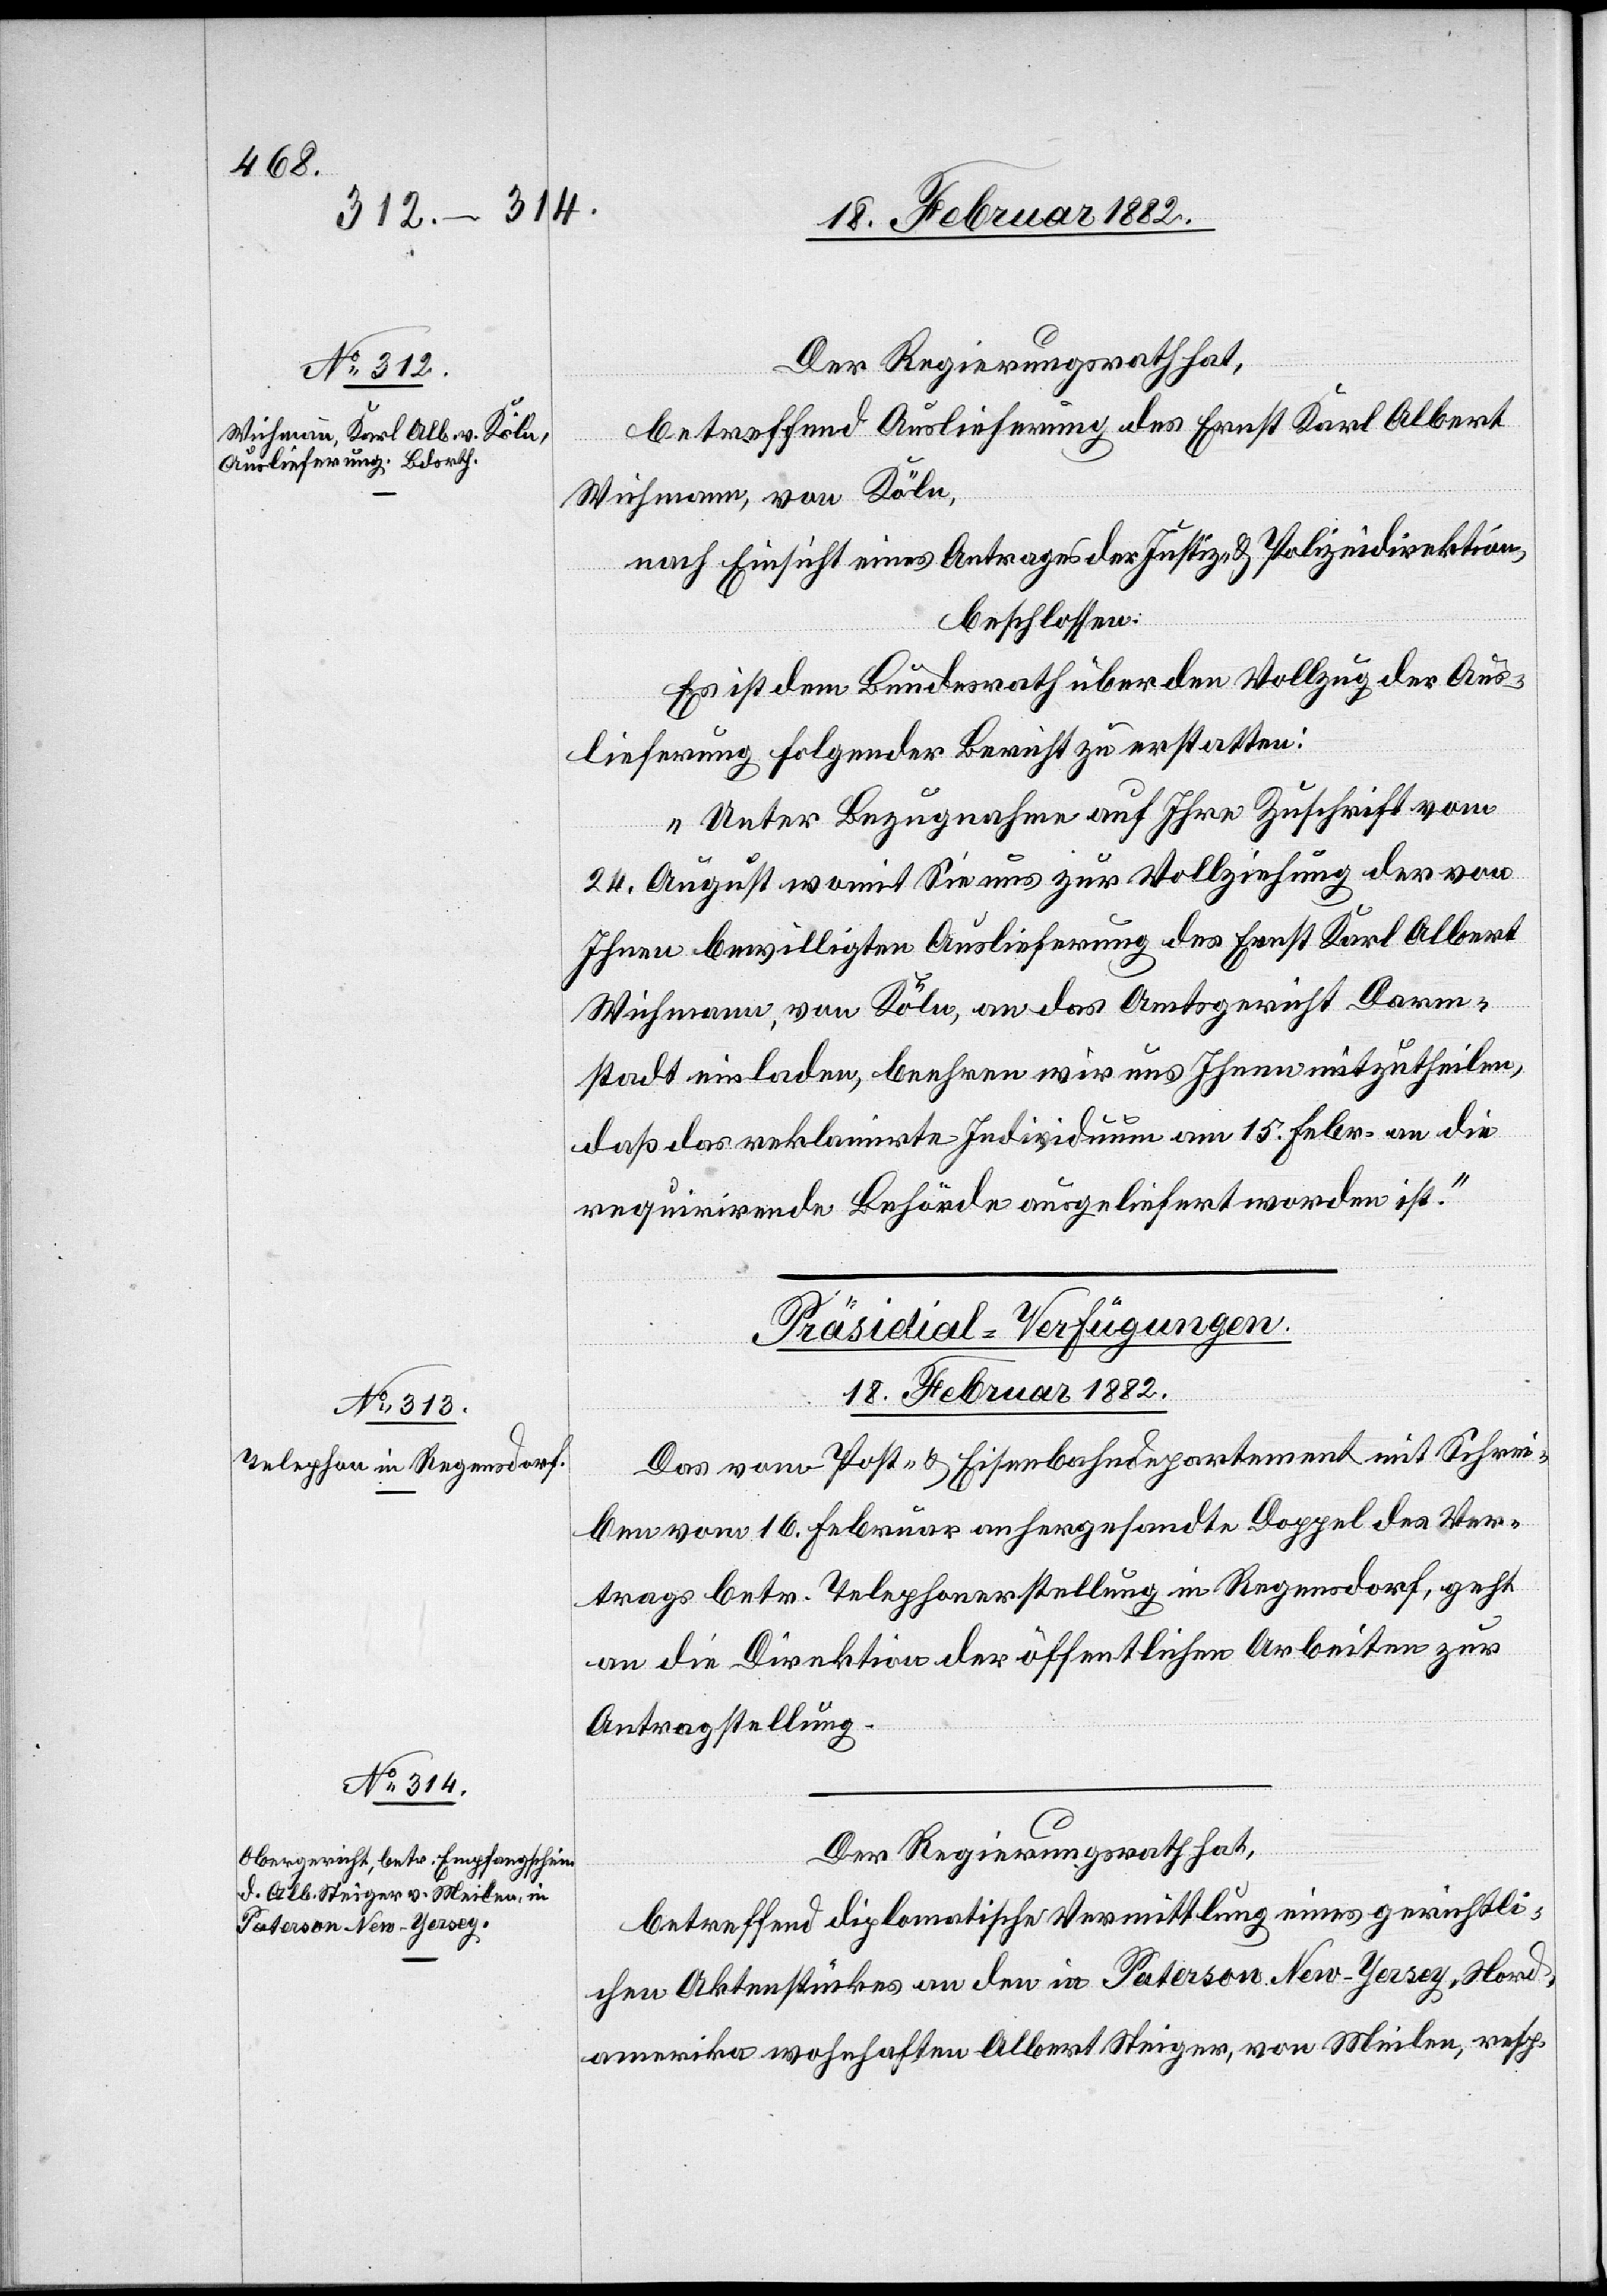
18. Februar 1882.]
Der Regierungsrath hat,
betreffend Auslieferung des Ernst Karl Albert
Wichmann, von Köln,
nach Einsicht eines Antrages der Justiz- & Polizeidirektion,
beschlossen:
Es ist dem Bundesrath über den Vollzug des Aus¬
lieferung folgender Bericht zu erstatten:
„Unter Bezugnahme auf Ihre Zuschrift vom
24. August womit Sie uns zur Vollziehung der von
Ihren bewilligten Auslieferung des Ernst Karl Albert
Wichmann, von Köln, an das Amtsgericht Darm¬
stadt einladen, beehren wir uns Ihnen mitzutheilen,
daß das reklamirte Individuum am 15. Febr. an die
requirirende Behörde ausgeliefert worden ist.“
[Präsidial-Verfügungen.
18. Februar 1882.
Das vom Post- & Eisenbahndepartement mit Schrei¬
ben vom 16. Februar anhergesandte Doppel des Ver¬
trags betr. Telephonerstellung in Regensdorf, geht
an die Direktion der öffentlichen Arbeiten zur
Antragstellung.
betreffend diplomatische Vermittlung eines gerichtli¬
chen Aktenstückes an den in Paterson New-Jersej, Nord¬
amerika wohnhaften Albert Steiger, von Meilen, resp.